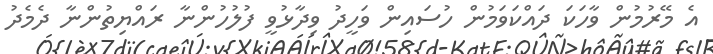
އެ މޭރުމުން ވާހަކަ ދައްކަވަމުން ހުސައިން ވަހީދު ވިދާޅުވީ ފުލުހުންނާ ރައްޔިތުންނާ ދެމެދު